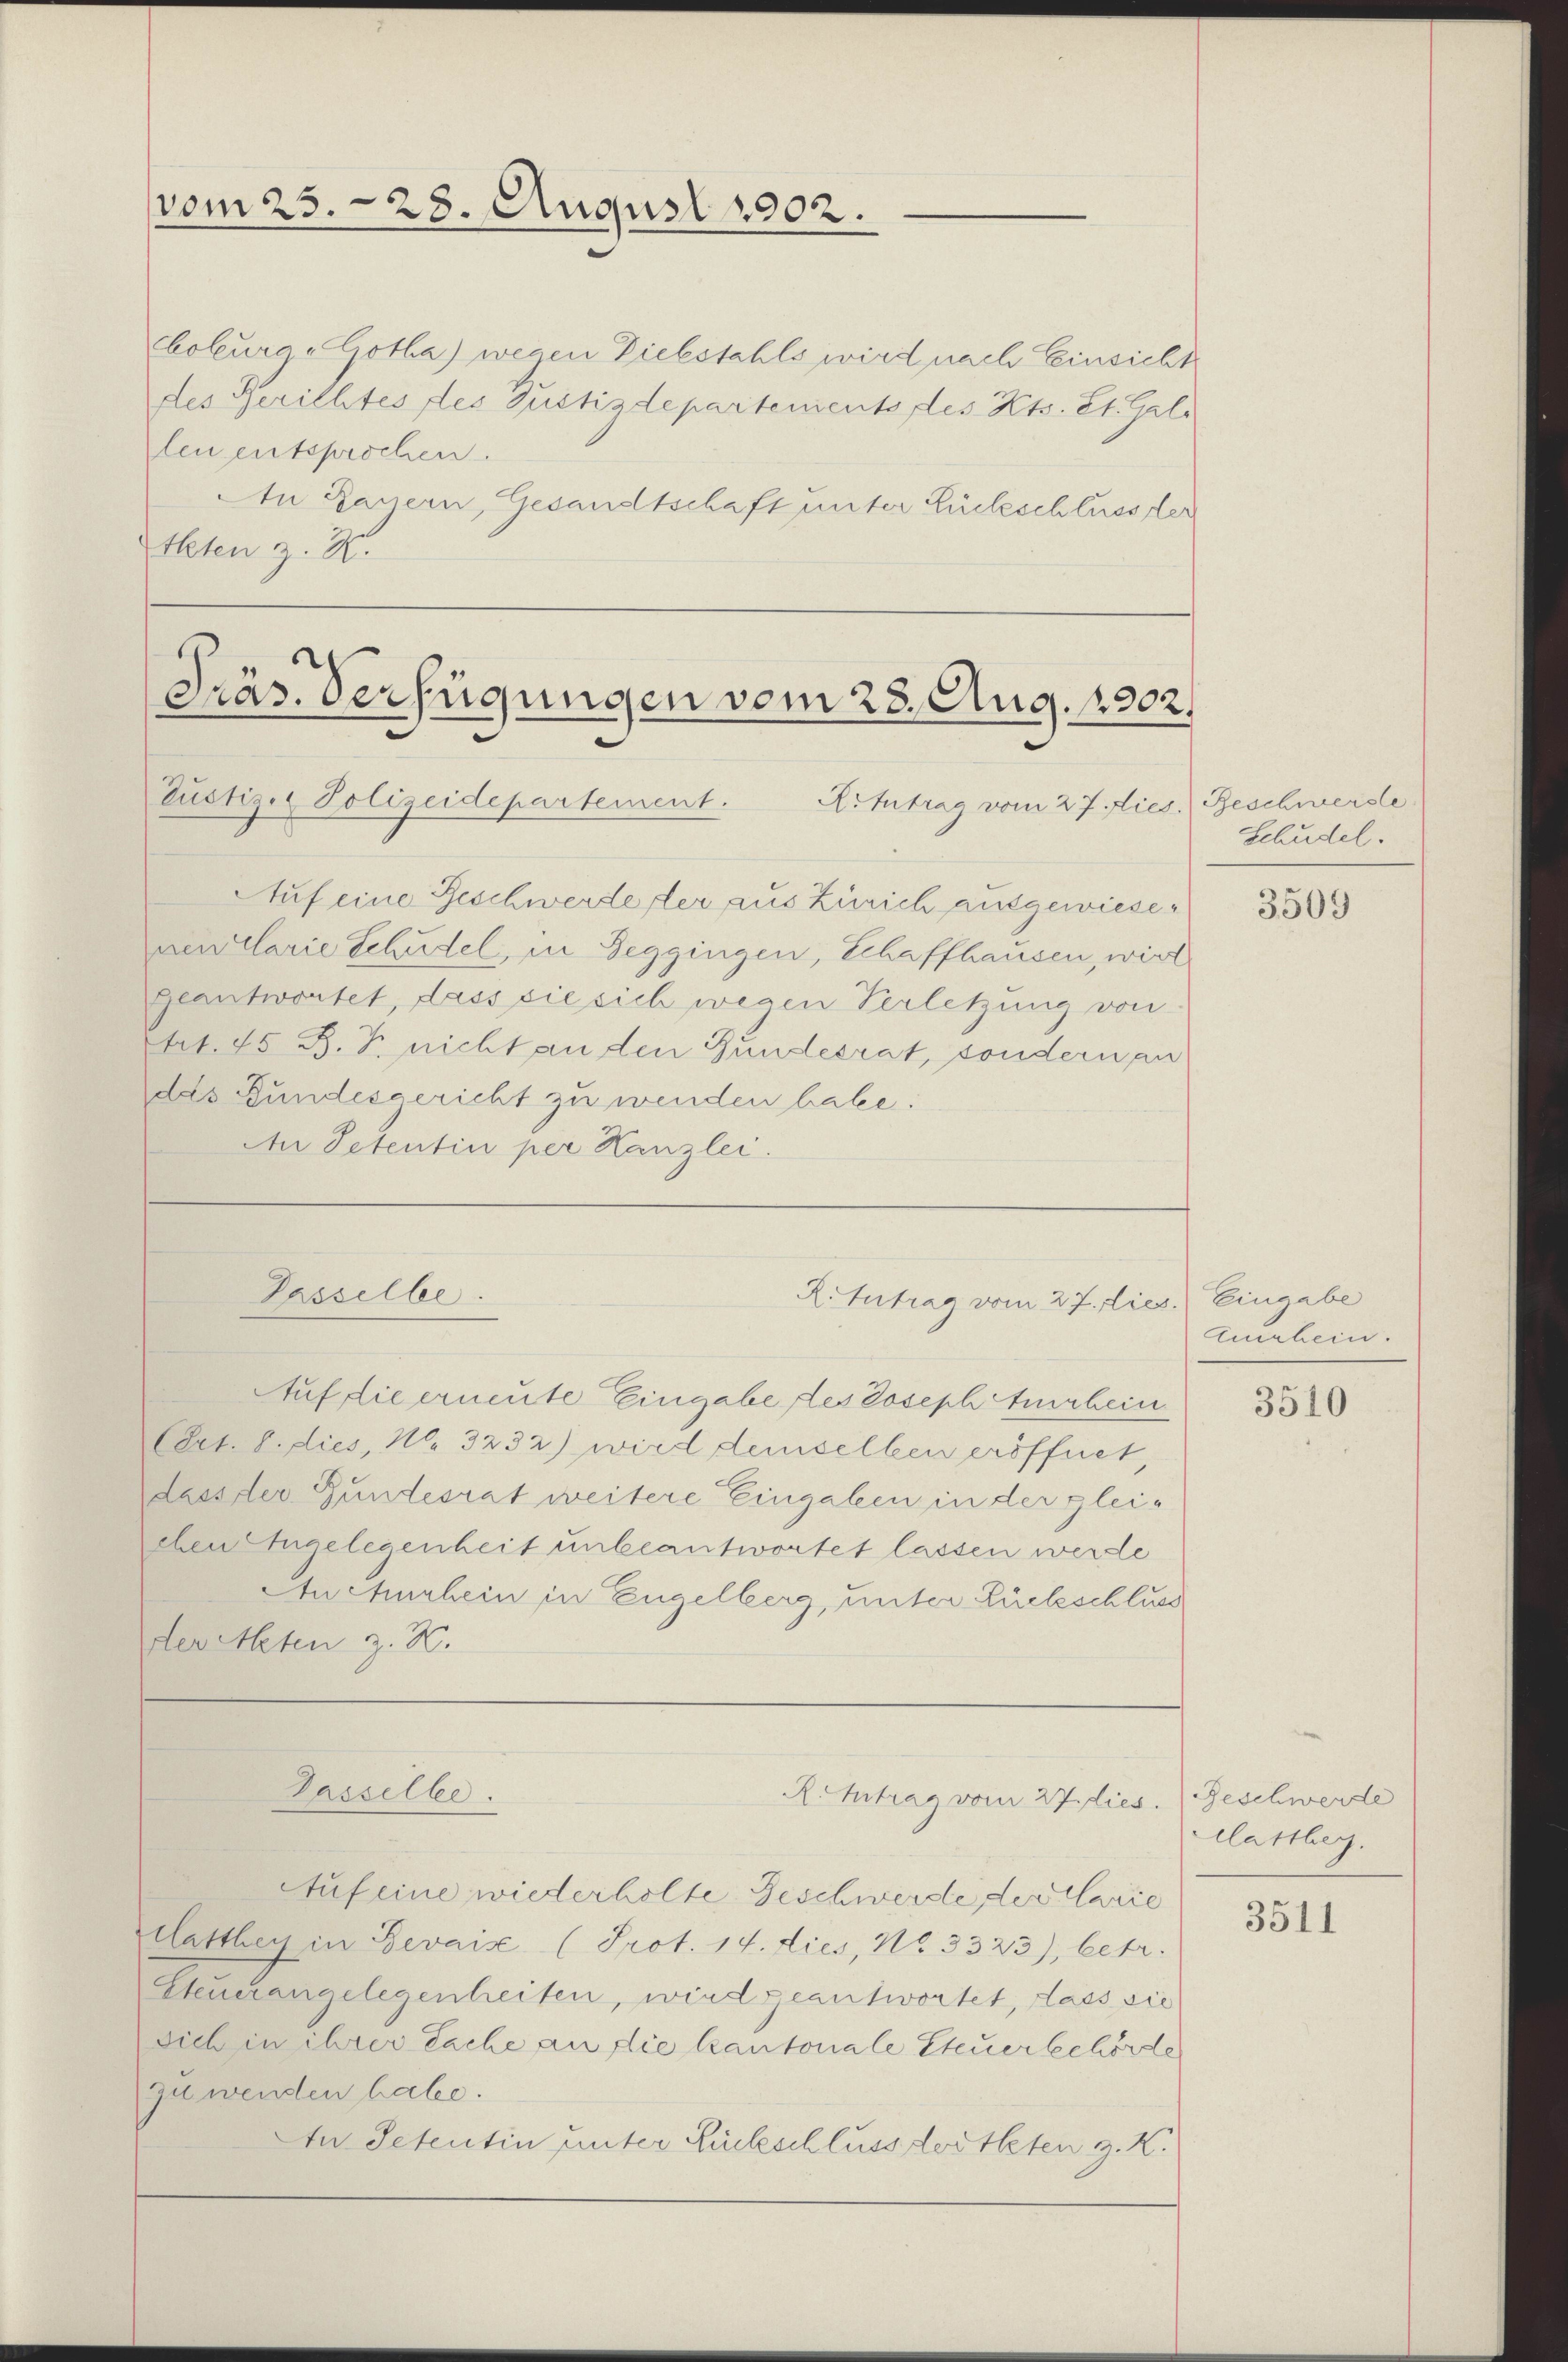
vom 25. 28. August 1902.

Cobura „Gotha) wegen Diebstahls wird nach Einsicht
des Gerichtes des Justizdepartements des Kts. St. Geli
len entsprochen
An Bauern, Gesandtschaft unter Liebeschluss der
Alten z. B.

Präs. Verfügungen vom 28. Aug. 1902.
Justiz & Polizeidepartement. Antrag vom 27. Dies

Auf eine Beschwerde der aus Zürich ausgewiesenen Clarie Schädel, in Seggingen, Schaffhausen, wird
geantwortet, dass sie sich wegen Verletzung von
trt. 45 B. P. nicht an den Bundesrat, sondern an
das Bundesgericht zu wenden habe.
An Petentin per Kanzlei.
Passelbe.
R.Intrag vom 27. Dies
Auf die erneute Eingabe des Joseph Auerhein
(Art. 8. dies, No. 3232) wird demselben eröffnet,
dass der Bundesrat weitere Eingaben in der gleichen Angelegenheit unbeantwortet lassen werde
Anchurhein in Engelberg, unter Rückschluss
der Akten z. B.

Beschwerde
Schudel.

3509

Eingabe
Amrhein.

3510

Dasselbe.

R. Antrag vom 27. dies. Geschwerde

clattbeg.

Auf eine wiederholte Geschwerde, declarie
Matthey in Gevaise (Prot. 14. dies, No. 3323), betr.
Steuerangelegenheiten, wird geantwortet, dass sie
sich in ihrer Sache an die kantonale Steuer behörde
zu wenden habe.
In Petentin unter Rückschluss dorteten z. K.

3511